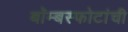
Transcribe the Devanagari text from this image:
बॉम्बस्फोटांची